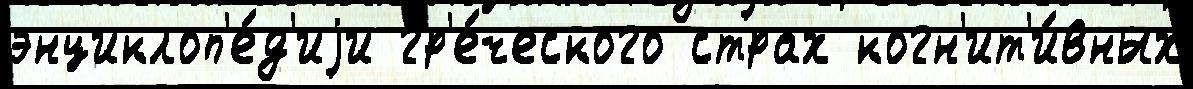
энциклоп'е́д'иjи гр'е́ческого страх когн'ит'и́вных